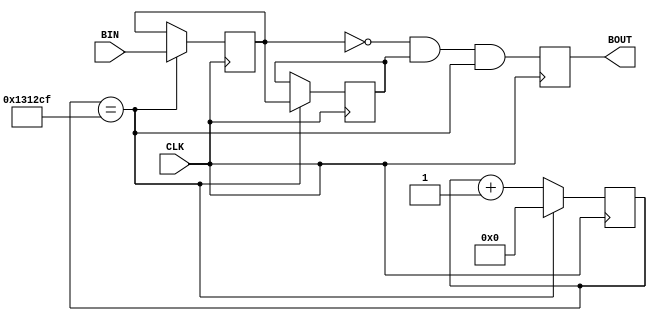

// 

module BTN_IN(
	input CLK,
	input BIN,
	output reg BOUT
);

/* 50MHz125000040Hz */
/* en40hz1 */
reg [20:0] cnt;

wire en40hz = (cnt == 1250000 - 1);

always @(posedge CLK) begin
	if(en40hz)
		cnt <= 21'b0;
	else
		cnt <= cnt + 21'b1;
end

/* FF2 */
reg ff1, ff2;

always @(posedge CLK) begin
	if(en40hz) begin
		ff2 <= ff1;
		ff1 <= BIN;
	end
end

/* 0 */
wire temp = ~ff1 & ff2 & en40hz;

/* FF */
always @(posedge CLK) begin
	BOUT <= temp;
end

endmodule